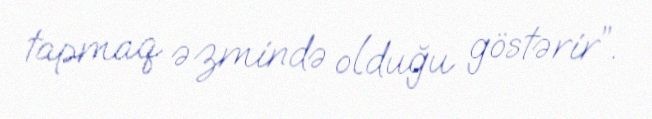
tapmaq əzmində olduğu göstərir”.